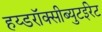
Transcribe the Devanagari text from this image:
हय्डरॉक्सीब्युटईरेट